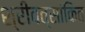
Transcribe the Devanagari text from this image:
श्रीवत्सांकित